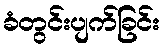
ခံတွင်းပျက်ခြင်း